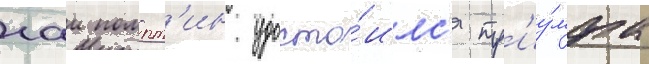
гаи помпт'ин удосто́илс'я тр'иу́мфа